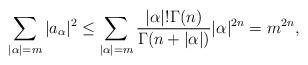
LaTeX: \begin{align*}\sum_{|\alpha|=m}|a_{\alpha}|^2\leq \sum_{|\alpha|=m}\frac{|\alpha|!\Gamma(n)}{\Gamma(n+|\alpha|)}|\alpha|^{2n}=m^{2n},\end{align*}